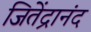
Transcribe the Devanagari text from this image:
जितेंद्रानंद